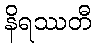
နိရဿတီ